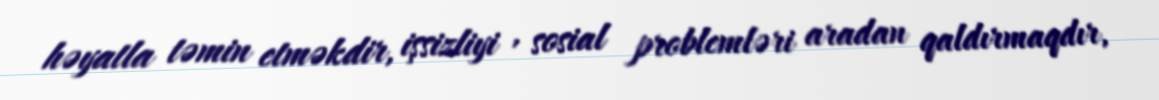
həyatla təmin etməkdir, işsizliyi , sosial problemləri aradan qaldırmaqdır,